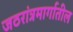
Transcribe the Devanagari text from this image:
जठरांत्रमार्गातील